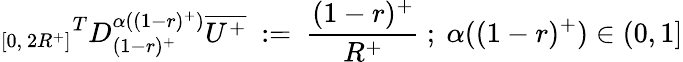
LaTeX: {_{[0,~2R^{+}]}}^{T}D_{(1-r)^{+}}^{\alpha((1-r)^{+})}\overline{{U^{+}}}~:=~{\frac{(1-r)^{+}}{R^{+}}}~;~\alpha((1-r)^{+})\in(0,1]